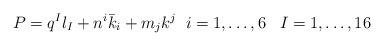
LaTeX: \begin{align*}P = q^{I} l_{I}+n^{i}{\bar k}_{i}+m_{j} k^{j}\;\;i=1,\dots,6\;\;\;I=1,\dots,16\end{align*}